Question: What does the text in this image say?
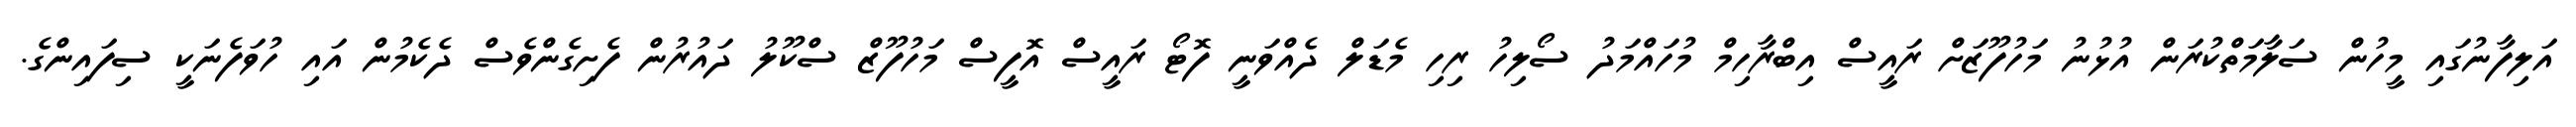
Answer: އަލިފާނުގައި މީހުން ސަލާމަތްކުރަން އުޅުނު މަހުފޫޒަށް ރައީސް އިބްރާހިމް މުހައްމަދު ސޯލިހު ރިހި މެޑަލް ދެއްވަނީ ފޮޓޯ ރައީސް އޮފީސް މަހުފޫޒް ސްކޫލު ދައުރުން ފެށިގެންވެސް ދެކެމުން އައި ހުވަފެނަކީ ސިފައިންގެ.